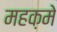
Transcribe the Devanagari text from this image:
महक़मे